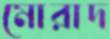
মোরাদ